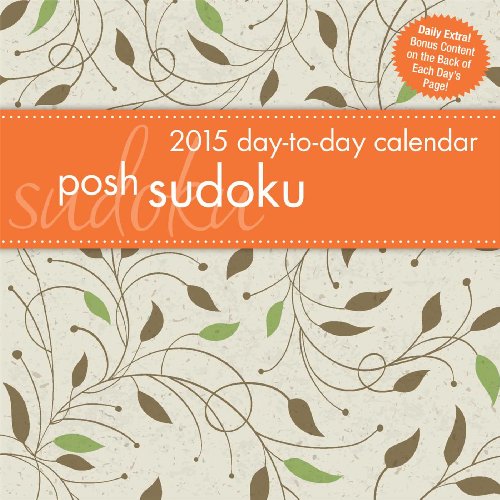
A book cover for Posh: Sudoku 2015 Day-to-Day Calendar; Andrews McMeel Publishing LLC; Calendars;